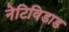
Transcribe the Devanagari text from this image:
नेटिविडाड